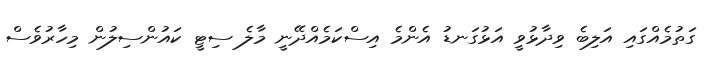
ގަތުމެއްގައި އަލިބެ ވިދާޅުވީ އަޅުގަނޑު އެންމެ އިސްކަމެއްދޭނީ މާލެ ސިޓީ ކައުންސިލުން މިހާރުވެސް